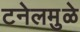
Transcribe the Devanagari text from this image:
टनेलमुळे